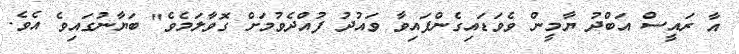
އާ ރައީސް އަބްދު ޔާމީން ވެވަޑައިގެންފައިވާ ވައުދު ފުއްދެވުމަށް ގޮވާލަމެވެ" ބަޔާނުގައިވެ އެވެ.